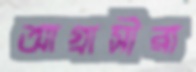
আগ্রাসীরা